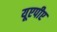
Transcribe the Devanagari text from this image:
यूएपीए